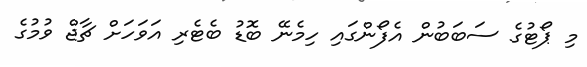
މި ޕޯޓުގެ ސަބަބުން އެފޯންގައި ހިމެނޭ ބޮޑު ބެޓެރި އަވަހަށް ޗާޖް ވުމުގެ